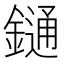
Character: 𨫤